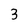
Character: 3